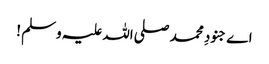
اے جنودِ محمد صلی اللہ علیہ وسلم !